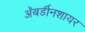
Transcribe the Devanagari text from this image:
अॅबर्डीनशायर